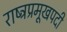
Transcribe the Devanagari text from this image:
राष्ट्रप्रमूखपदी